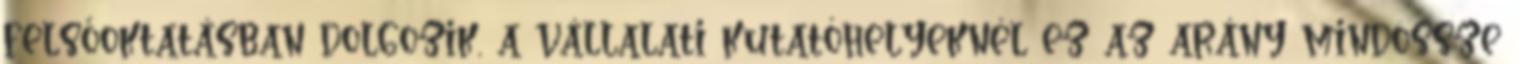
felsőoktatásban dolgozik, a vállalati kutatóhelyeknél ez az arány mindössze